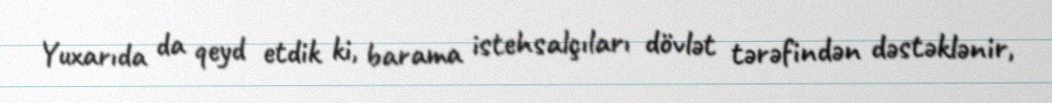
Yuxarıda da qeyd etdik ki, barama istehsalçıları dövlət tərəfindən dəstəklənir,